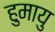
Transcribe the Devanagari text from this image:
हुमायु